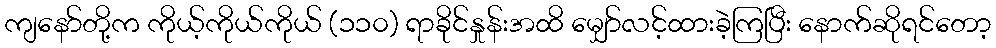
ကျနော်တို့က ကိုယ့်ကိုယ်ကိုယ် (၁၁၀) ရာခိုင်နှုန်းအထိ မျှော်လင့်ထားခဲ့ကြပြီး နောက်ဆိုရင်တော့